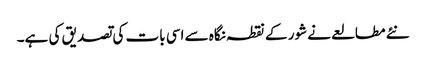
نئے مطالعے نے شور کے نقطہ نگاہ سے اسی بات کی تصدیق کی ہے۔